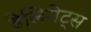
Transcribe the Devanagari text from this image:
डेलिगेट्स